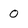
Character: 0